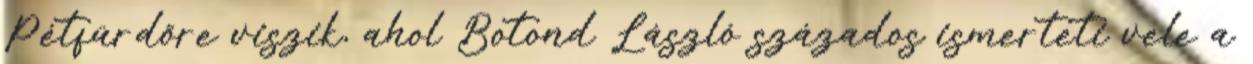
Pétfürdőre viszik, ahol Botond László százados ismerteti vele a